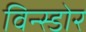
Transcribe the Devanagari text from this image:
विन्स्डोर